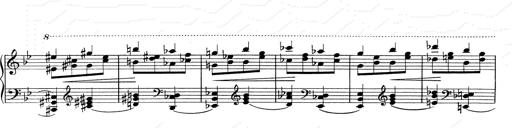
Title: RÃ©miniscences de Don Juan
Composer: Franz Liszt